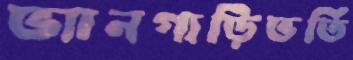
ভ্যানগাড়িভর্তি